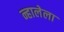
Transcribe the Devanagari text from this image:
न्हालेला